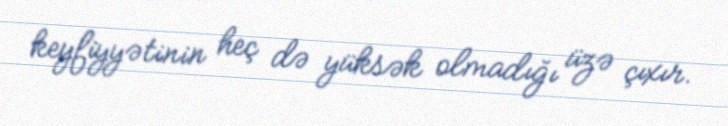
keyfiyyətinin heç də yüksək olmadığı üzə çıxır.